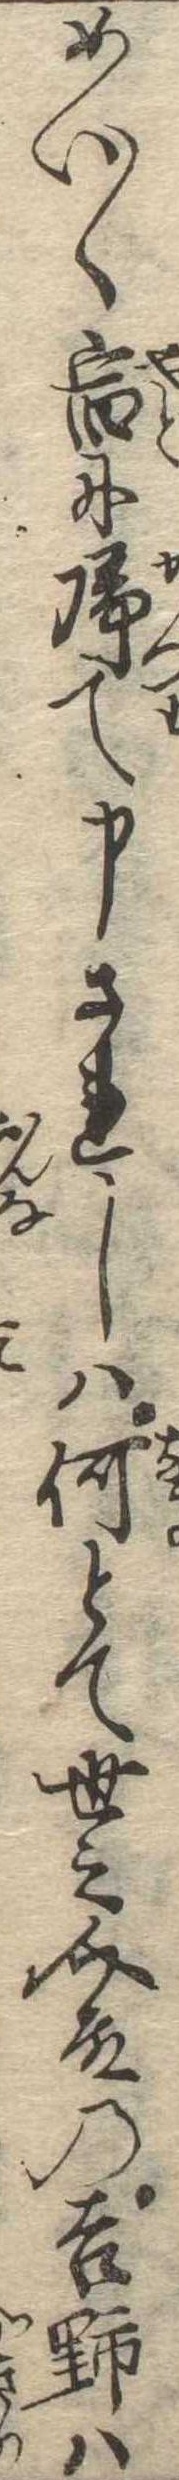
めい〱宿に帰て申されしは何とて世之介殿の吉野は